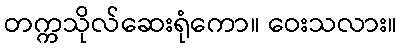
တက္ကသိုလ်ဆေးရုံကော။ ဝေးသလား။